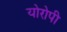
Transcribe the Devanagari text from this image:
योरोपी